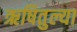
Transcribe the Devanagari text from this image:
ऋषितुल्या